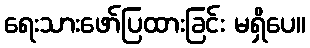
ရေးသားဖော်ပြထားခြင်း မရှိပေ။